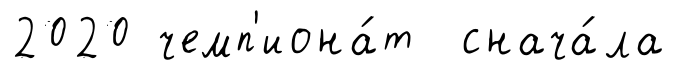
2020 чемп'иона́т снача́ла